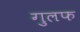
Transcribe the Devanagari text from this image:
गुलफ